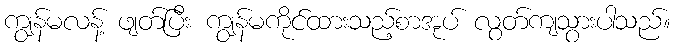
ကျွန်မလန့် ဖျတ်ပြီး ကျွန်မကိုင်ထားသည့်စာအုပ် လွတ်ကျသွားပါသည်။